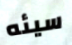
سيئه